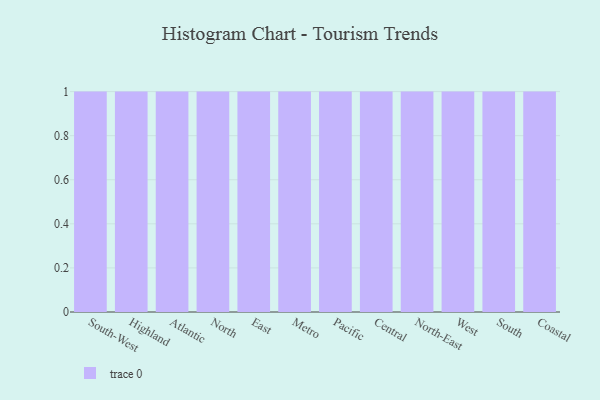
{"axis": {"x": "Region", "y": "Customer Acquisition Cost (USD)"}, "legend": [""], "data": [{"x": "South-West", "y": 43, "type": ""}, {"x": "Highland", "y": 19, "type": ""}, {"x": "Atlantic", "y": 9, "type": ""}, {"x": "North", "y": 10, "type": ""}, {"x": "East", "y": 23, "type": ""}, {"x": "Metro", "y": 3, "type": ""}, {"x": "Pacific", "y": 31, "type": ""}, {"x": "Central", "y": 15, "type": ""}, {"x": "North-East", "y": 79, "type": ""}, {"x": "West", "y": 83, "type": ""}, {"x": "South", "y": 26, "type": ""}, {"x": "Coastal", "y": 9, "type": ""}]}